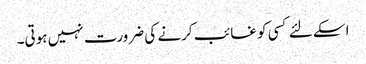
اسکے لئے کسی کو غائب کرنے کی ضرورت نہیں ہوتی۔